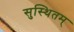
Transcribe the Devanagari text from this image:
सुस्थितम्